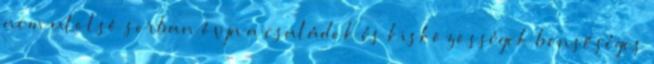
nem utolsó sorban óvja a családok és kisközösségek bensőséges